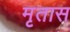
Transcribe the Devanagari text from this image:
मृतास